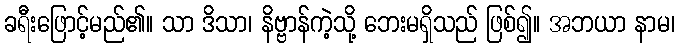
ခရီးဖြောင့်မည်၏။ သာ ဒိသာ၊ နိဗ္ဗာန်ကဲ့သို့ ဘေးမရှိသည် ဖြစ်၍။ အဘယာ နာမ၊